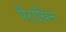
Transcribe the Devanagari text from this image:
पैराग्रिन